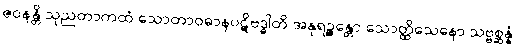
ဇဝနန္တိ သုညတာကထံ သောတာဝဓာနပဋိဗဒ္ဓါတိ အနုရဉ္ဇန္တော သောတ္ထိသေနော သဗ္ဗစ္ဆန္နံ